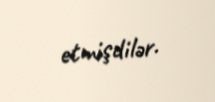
etmişdilər.